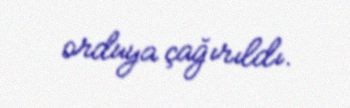
orduya çağırıldı.